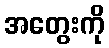
အတွေးကို